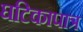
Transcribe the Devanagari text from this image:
घटिकापात्र